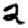
Digit: 2